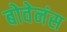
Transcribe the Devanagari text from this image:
बोवेनंस